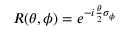
R ( \theta , \phi ) = e ^ { - i \frac { \theta } { 2 } \sigma _ { \phi } }